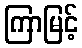
ကြာမြင့်